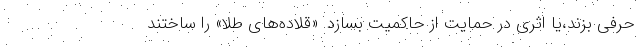
حرفی بزند،یا اثری در حمایت از حاکمیت بسازد. «قلاده‌های طلا» را ساختند